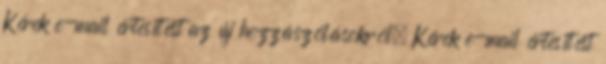
Kérek e-mail értesítést az új hozzászólásokról. Kérek e-mail értesítést